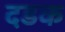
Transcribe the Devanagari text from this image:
दडक